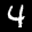
Label: 4